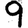
Digit: 9